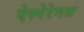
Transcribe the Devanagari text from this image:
ऐस्पेरेगस